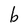
Character: b